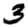
Digit: 3